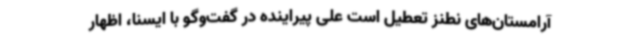
آرامستان‌های نطنز تعطیل است علی پیراینده در گفت‌وگو با ایسنا، اظهار